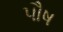
પૌષ